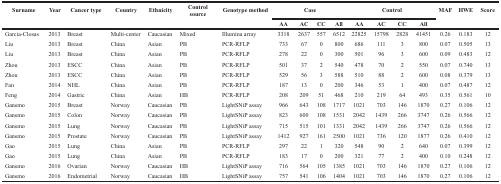
<table><thead><tr><td rowspan="2"><b>Surname</b></td><td rowspan="2"><b>Year</b></td><td rowspan="2"><b>Cancer type</b></td><td rowspan="2"><b>Country</b></td><td rowspan="2"><b>Ethnicity</b></td><td rowspan="2"><b>Control source</b></td><td rowspan="2"><b>Genotype method</b></td><td colspan="4"><b>Case</b></td><td colspan="4"><b>Control</b></td><td rowspan="2"><b>MAF</b></td><td rowspan="2"><b>HWE</b></td><td rowspan="2"><b>Score</b></td></tr><tr><td><b>AA</b></td><td><b>AC</b></td><td><b>CC</b></td><td><b>All</b></td><td><b>AA</b></td><td><b>AC</b></td><td><b>CC</b></td><td><b>All</b></td></tr></thead><tbody><tr><td>Garcia-Closas</td><td>2013</td><td>Breast</td><td>Multi-center</td><td>Caucasian</td><td>Mixed</td><td>Illumina array</td><td>3318</td><td>2637</td><td>557</td><td>6512</td><td>22825</td><td>15798</td><td>2828</td><td>41451</td><td>0.26</td><td>0.183</td><td>12</td></tr><tr><td>Liu</td><td>2013</td><td>Breast</td><td>China</td><td>Asian</td><td>PB</td><td>PCR-RFLP</td><td>733</td><td>67</td><td>0</td><td>800</td><td>686</td><td>111</td><td>3</td><td>800</td><td>0.07</td><td>0.505</td><td>13</td></tr><tr><td>Liu</td><td>2013</td><td>Breast</td><td>China</td><td>Asian</td><td>PB</td><td>PCR-RFLP</td><td>278</td><td>22</td><td>0</td><td>300</td><td>501</td><td>96</td><td>3</td><td>600</td><td>0.09</td><td>0.483</td><td>12</td></tr><tr><td>Zhou</td><td>2013</td><td>ESCC</td><td>China</td><td>Asian</td><td>PB</td><td>PCR-RFLP</td><td>501</td><td>37</td><td>2</td><td>540</td><td>478</td><td>70</td><td>2</td><td>550</td><td>0.07</td><td>0.740</td><td>13</td></tr><tr><td>Zhou</td><td>2013</td><td>ESCC</td><td>China</td><td>Asian</td><td>PB</td><td>PCR-RFLP</td><td>529</td><td>56</td><td>3</td><td>588</td><td>510</td><td>88</td><td>2</td><td>600</td><td>0.08</td><td>0.379</td><td>13</td></tr><tr><td>Fan</td><td>2014</td><td>NHL</td><td>China</td><td>Asian</td><td>PB</td><td>PCR-RFLP</td><td>187</td><td>13</td><td>0</td><td>200</td><td>346</td><td>53</td><td>1</td><td>400</td><td>0.07</td><td>0.487</td><td>12</td></tr><tr><td>Feng</td><td>2014</td><td>Gastric</td><td>China</td><td>Asian</td><td>HB</td><td>PCR-RFLP</td><td>208</td><td>209</td><td>51</td><td>468</td><td>210</td><td>219</td><td>64</td><td>493</td><td>0.35</td><td>0.561</td><td>10</td></tr><tr><td>Gansmo</td><td>2015</td><td>Breast</td><td>Norway</td><td>Caucasian</td><td>PB</td><td>LightSNiP assay</td><td>966</td><td>643</td><td>108</td><td>1717</td><td>1021</td><td>703</td><td>146</td><td>1870</td><td>0.27</td><td>0.106</td><td>12</td></tr><tr><td>Gansmo</td><td>2015</td><td>Colon</td><td>Norway</td><td>Caucasian</td><td>PB</td><td>LightSNiP assay</td><td>823</td><td>600</td><td>108</td><td>1531</td><td>2042</td><td>1439</td><td>266</td><td>3747</td><td>0.26</td><td>0.566</td><td>12</td></tr><tr><td>Gansmo</td><td>2015</td><td>Lung</td><td>Norway</td><td>Caucasian</td><td>PB</td><td>LightSNiP assay</td><td>715</td><td>515</td><td>101</td><td>1331</td><td>2042</td><td>1439</td><td>266</td><td>3747</td><td>0.26</td><td>0.566</td><td>12</td></tr><tr><td>Gansmo</td><td>2015</td><td>Prostate</td><td>Norway</td><td>Caucasian</td><td>PB</td><td>LightSNiP assay</td><td>1412</td><td>927</td><td>161</td><td>2500</td><td>1021</td><td>736</td><td>120</td><td>1877</td><td>0.26</td><td>0.410</td><td>12</td></tr><tr><td>Gao</td><td>2015</td><td>Lung</td><td>China</td><td>Asian</td><td>PB</td><td>PCR-RFLP</td><td>297</td><td>22</td><td>1</td><td>320</td><td>548</td><td>90</td><td>2</td><td>640</td><td>0.07</td><td>0.399</td><td>12</td></tr><tr><td>Gao</td><td>2015</td><td>Lung</td><td>China</td><td>Asian</td><td>PB</td><td>PCR-RFLP</td><td>183</td><td>17</td><td>0</td><td>200</td><td>321</td><td>77</td><td>2</td><td>400</td><td>0.10</td><td>0.248</td><td>12</td></tr><tr><td>Gansmo</td><td>2016</td><td>Ovarian</td><td>Norway</td><td>Caucasian</td><td>HB</td><td>LightSNiP assay</td><td>716</td><td>564</td><td>105</td><td>1385</td><td>1021</td><td>703</td><td>146</td><td>1870</td><td>0.27</td><td>0.106</td><td>12</td></tr><tr><td>Gansmo</td><td>2016</td><td>Endometrial</td><td>Norway</td><td>Caucasian</td><td>HB</td><td>LightSNiP assay</td><td>757</td><td>541</td><td>106</td><td>1404</td><td>1021</td><td>703</td><td>146</td><td>1870</td><td>0.27</td><td>0.106</td><td>12</td></tr></tbody></table>